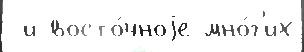
 и восто́чноjе мно́г'их